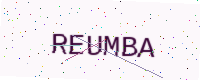
Text: REUMBA